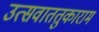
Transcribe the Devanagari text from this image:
उत्सवाततुकाराम